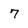
Character: 7